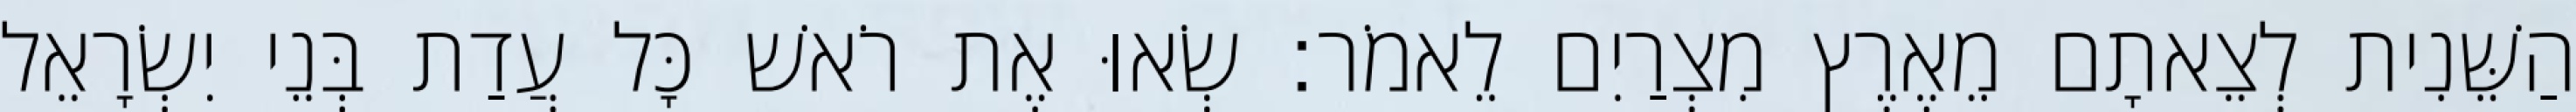
הַשֵּׁנִית לְצֵאתָם מֵאֶרֶץ מִצְרַיִם לֵאמֹר׃ שְׂאוּ אֶת רֹאשׁ כָּל עֲדַת בְּנֵי יִשְׂרָאֵל